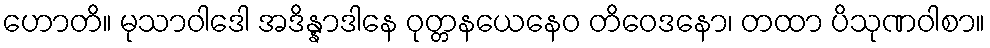
ဟောတိ။ မုသာဝါဒေါ အဒိန္နာဒါနေ ဝုတ္တနယေနေဝ တိဝေဒနော၊ တထာ ပိသုဏဝါစာ။